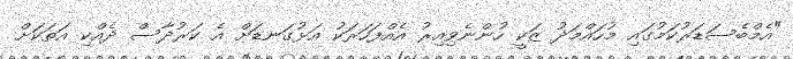
"އެމްބެސަޑަރުކަމުގައި މުހައްމަދު ޒަކީ ހުންނެވިއިރު އެއްފަހަރަކު އަޅުގަނޑަށް އެ ކަރުދާސް ދެއްކި އަތަކަށް